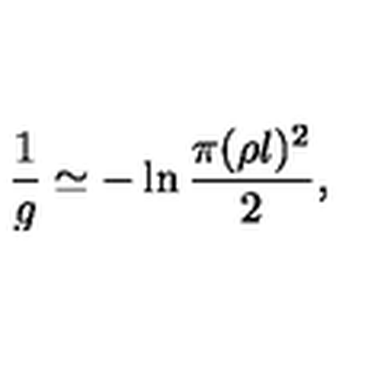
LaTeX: \frac { 1 } { g } \simeq - \ln \frac { \pi ( \rho l ) ^ { 2 } } { 2 } ,